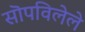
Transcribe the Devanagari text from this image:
सॊपविलेले